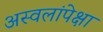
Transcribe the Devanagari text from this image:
अस्वलांपेक्षा